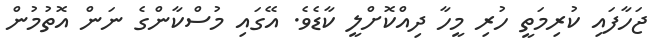
ޖަހާފައި ކުރިމަތީ ހުރި މީހާ ދިއްކޮށްލީ ކާޑެވެ. އޭގައި މުސްކާންގެ ނަން އޮތުމުން